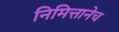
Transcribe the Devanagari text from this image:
निमित्तानेच